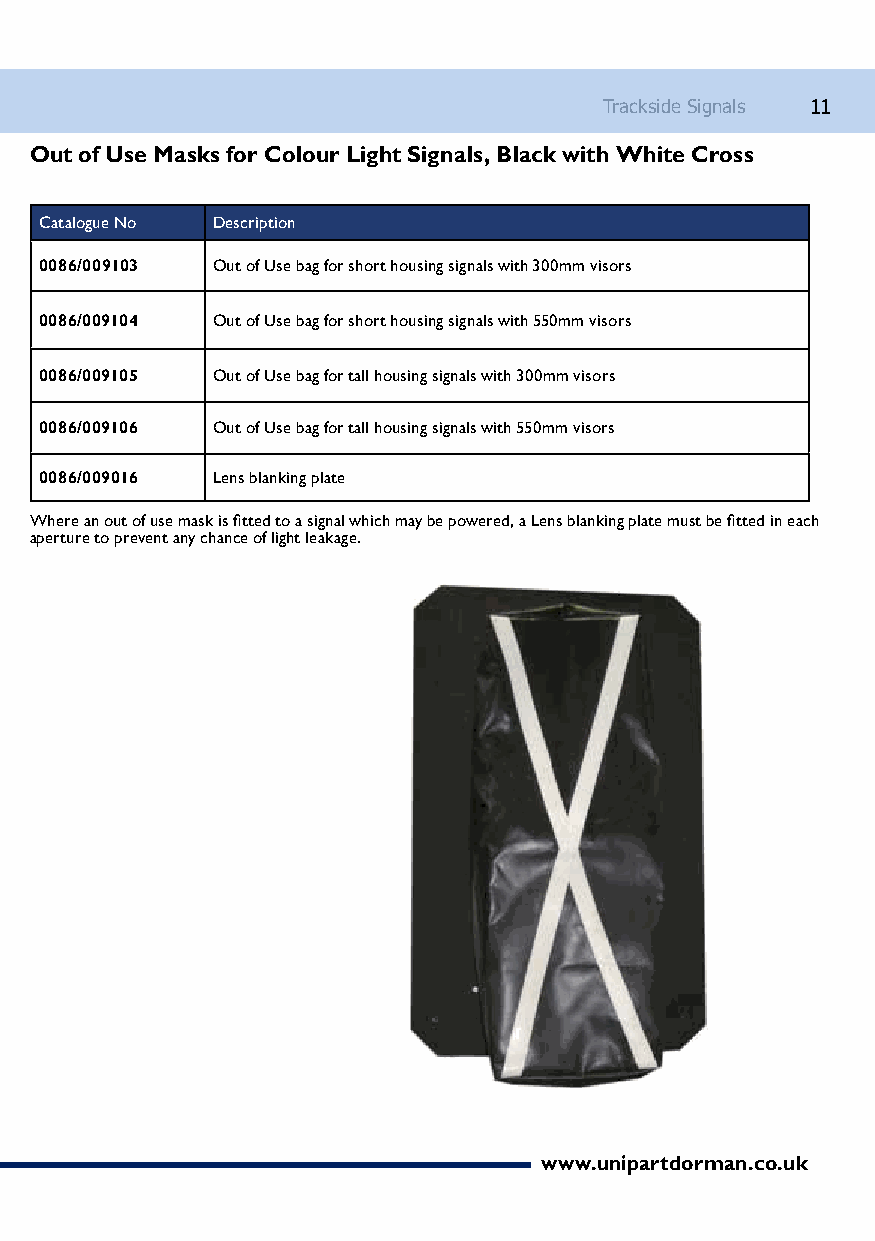
Trackside Signals 11
 Out of Use Masks for Colour Light Signals, Black with White Cross
 Catalogue No Description
 0086/009103 Out of Use bag for short housing signals with 300mm visors
 0086/009104 Out of Use bag for short housing signals with 550mm visors
 0086/009105 Out of Use bag for tall housing signals with 300mm visors
 0086/009106 Out of Use bag for tall housing signals with 550mm visors
 0086/009016 Lens blanking plate
 Where an out of use mask is fitted to a signal which may be powered, a Lens blanking plate must be fitted in each
 aperture to prevent any chance of light leakage.
 www.unipartdorman.co.uk